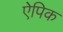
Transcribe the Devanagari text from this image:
ऐपिक